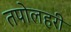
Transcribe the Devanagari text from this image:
तपोलहरी